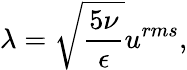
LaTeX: \lambda=\sqrt{\frac{5\nu}{\epsilon}}u^{rms},